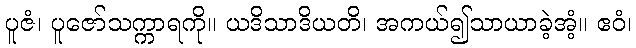
ပူဇံ၊ ပူဇော်သက္ကာရကို။ ယဒိသာဒိယတိ၊ အကယ်၍သာယာခဲ့အံ့။ ဧဝံ၊